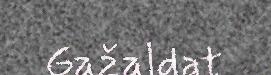
Gažaldat